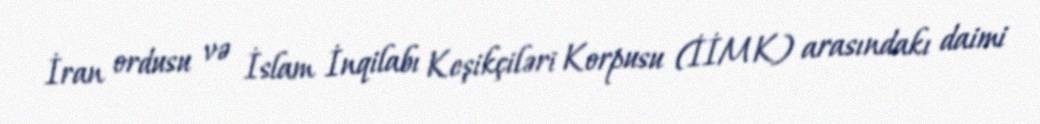
İran ordusu və İslam İnqilabı Keşikçiləri Korpusu (İİMK) arasındakı daimi